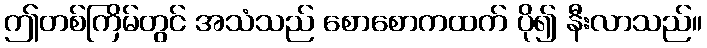
ဤတစ်ကြိမ်တွင် အသံသည် စောစောကထက် ပို၍ နီးလာသည်။